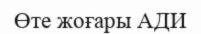
Өте жоғары АДИ